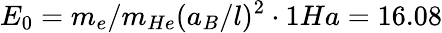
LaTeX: E_{0}=m_{e}/m_{He}(a_{B}/l)^{2}\cdot 1Ha=16.08